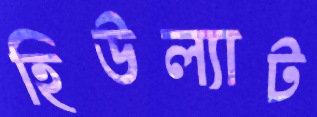
হিউল্যাট